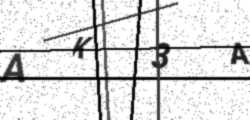
Text: AK3A